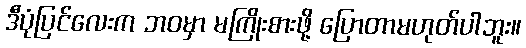
ဒီပုံပြင်လေးက ဘဝမှာ မကြိုးစားဖို့ ပြောတာမဟုတ်ပါဘူး။